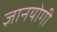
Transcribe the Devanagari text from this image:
ज्ञानयोगी